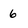
Character: 6